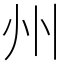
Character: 州